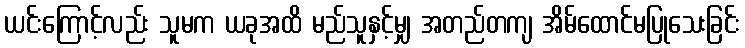
ယင်းကြောင့်လည်း သူမက ယခုအထိ မည်သူနှင့်မျှ အတည်တကျ အိမ်ထောင်မပြုသေးခြင်း